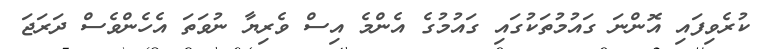
ކުރެވިފައި އޮންނަ ގައުމުތަކުގައި ގައުމުގެ އެންމެ އިސް ވެރިޔާ ނުވަތަ އެހެންވެސް ދަރަޖަ